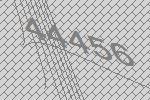
44456